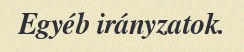
Egyéb irányzatok.